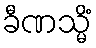
ခီဏသ္မိံ